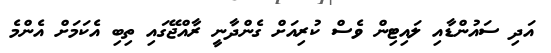
އަދި ސައުންޑާއި ލައިޓިން ވެސް ކުރިއަށް ގެންދާނީ ރާއްޖޭގައި ތިބި އެކަމަށް އެންމެ